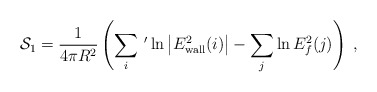
\begin{align*}{\cal S}_1=\frac{1}{4\pi R^2}\left(\sum_{i}\,'\ln \left|E_{\rm wall}^2(i) \right|-\sum_{j}\ln E_f^2(j)\right) \;,\end{align*}